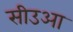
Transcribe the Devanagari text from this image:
सीउआ